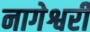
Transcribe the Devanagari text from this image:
नागेश्वरी